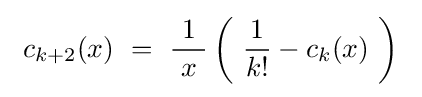
\ c_{k+2}(x)~=~{\frac {\ 1\ }{x}}\left(\ {\frac {1}{k!}}-c_{k}(x)\ \right)~